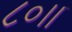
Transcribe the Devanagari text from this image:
८०।।